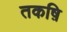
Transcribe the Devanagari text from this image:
तकष़ि